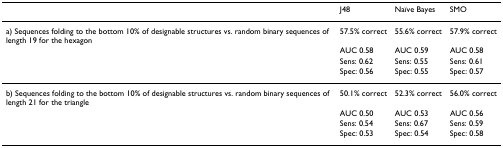
|  | J48 | Naïve Bayes | SMO |
 | --- | --- | --- | --- |
 | a) Sequences folding to the bottom 10% of designable structures vs. random binary sequences of length 19 for the hexagon | 57.5% correct | 55.6% correct | 57.9% correct |
 |  | AUC 0.58 | AUC 0.59 | AUC 0.58 |
 |  | Sens: 0.62 | Sens: 0.55 | Sens: 0.61 |
 |  | Spec: 0.56 | Spec: 0.55 | Spec: 0.57 |
 | b) Sequences folding to the bottom 10% of designable structures vs. random binary sequences of length 21 for the triangle | 50.1% correct | 52.3% correct | 56.0% correct |
 |  | AUC 0.50 | AUC 0.53 | AUC 0.56 |
 |  | Sens: 0.54 | Sens: 0.67 | Sens: 0.59 |
 |  | Spec: 0.53 | Spec: 0.54 | Spec: 0.58 |